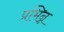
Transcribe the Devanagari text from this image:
प्रभिन्न